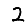
Digit: 2